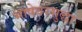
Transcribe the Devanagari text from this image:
भाषेवरसुद्धा